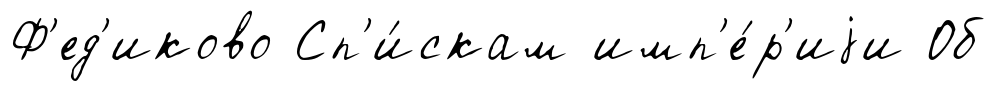
Ф'ед'иково Сп'и́скам имп'е́р'иjи Об